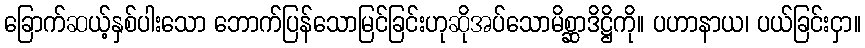
ခြောက်ဆယ့်နှစ်ပါးသော ဘောက်ပြန်သောမြင်ခြင်းဟုဆိုအပ်သောမိစ္ဆာဒိဋ္ဌိကို။ ပဟာနာယ၊ ပယ်ခြင်းငှာ။